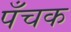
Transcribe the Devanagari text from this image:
पँचक